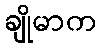
ချိုမာက